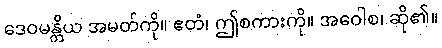
ဒေဝမန္တိယ အမတ်ကို။ ဧတံ၊ ဤစကားကို။ အဝေါစ၊ ဆို၏။